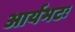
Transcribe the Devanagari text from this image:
आर्यभटः